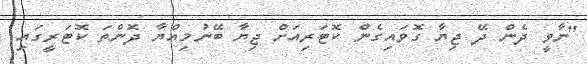
"ނާވީ ދެން ދޭ ޖިޔާ ގޮވައިގެން ކޮޓަރިއަށް ޖިޔާ ބޭނުމިއްޔާ ދޮންތަ ކޮޓަރީގައި